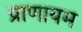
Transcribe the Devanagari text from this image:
प्राणायम